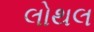
લોથલ